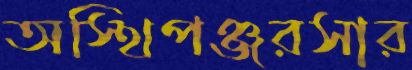
অস্থিপঞ্জরসার